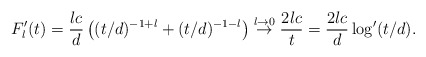
\begin{align*} F_l'(t) = \frac{lc}{d}\left((t/d)^{-1+l} + (t/d)^{-1-l}\right) \overset{l\rightarrow 0}{\rightarrow} \frac{2lc}{t} = \frac{2lc}{d}\log'(t/d). \end{align*}